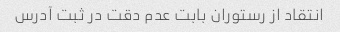
انتقاد از رستوران بابت عدم دقت در ثبت آدرس